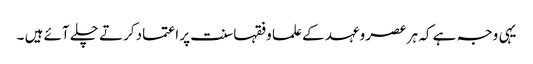
یہی وجہ ہے کہ ہر عصر وعہد کے علما وفقہا سنت پر اعتماد کرتے چلے آئے ہیں ۔